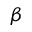
\beta